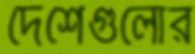
দেশেগুলোর